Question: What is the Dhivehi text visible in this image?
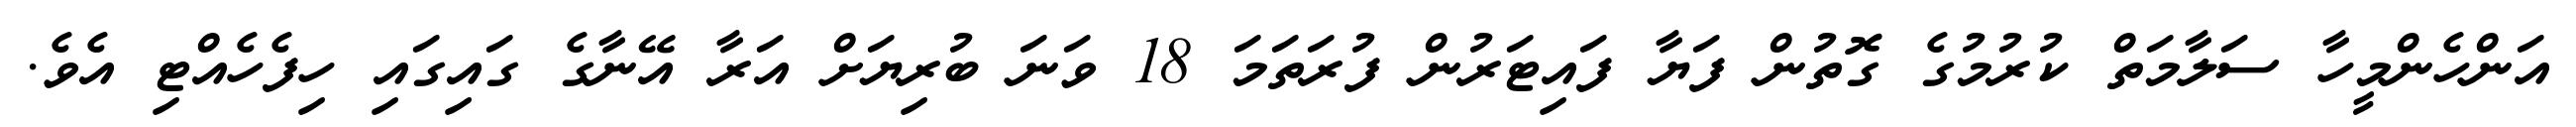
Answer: އަންހެންމީހާ ސަލާމަތް ކުރުމުގެ ގޮތުން ފަޔާ ފައިޓަރުން ފުރަތަމަ 18 ވަނަ ބުރިޔަށް އަރާ އޭނާގެ ގައިގައި ހިފެހެއްޓި އެވެ.